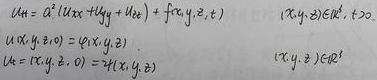
\[
\begin{align*}
u_t &= a^2(u_{xx}+u_{yy}+u_{zz}) + f(x,y,z,t) & (x,y,z)\in\mathbb{R}^3, t\geq0\\
u(x,y,z,0) &= \varphi(x,y,z)\\
u_t(x,y,z,0) &= \psi(x,y,z) & (x,y,z)\in\mathbb{R}^3
\end{align*}
\]